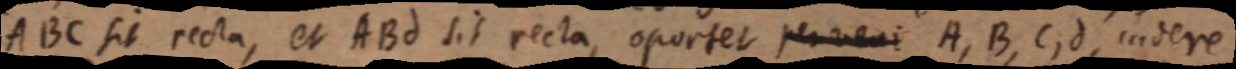
ABC sit recta, et ABd sit recta, oportet perveni A, B, C, d, cadere